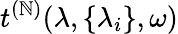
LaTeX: t^{(\mathbb{N})}(\lambda,\{ \lambda_{i}\} ,\omega)